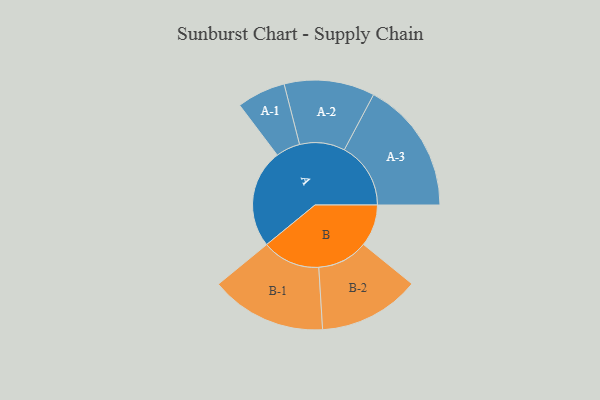
{"axis": {"x": "Segment", "y": "Value"}, "legend": ["", "A", "B"], "data": [{"x": "A", "y": 434, "type": ""}, {"x": "B", "y": 184, "type": ""}, {"x": "A-1", "y": 107, "type": "A"}, {"x": "A-2", "y": 199, "type": "A"}, {"x": "A-3", "y": 292, "type": "A"}, {"x": "B-1", "y": 255, "type": "B"}, {"x": "B-2", "y": 223, "type": "B"}]}